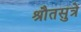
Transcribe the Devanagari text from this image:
श्रौतसुत्रे